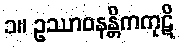
၁။ ဥဿာဝနန္တိကကုဋိ